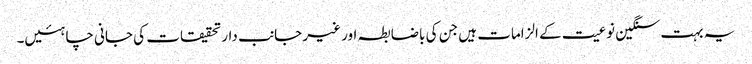
یہ بہت سنگین نوعیت کے الزامات ہیں جن کی باضابطہ اور غیر جانب دار تحقیقات کی جانی چاہئیں۔